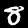
Label: 8